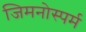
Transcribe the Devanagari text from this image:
जिमनोस्पर्म